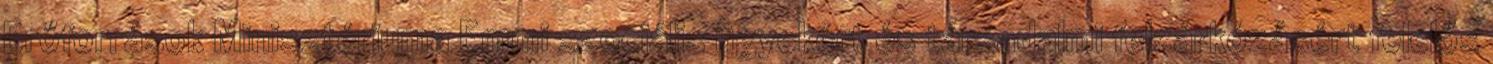
Erőforrások Minisztériuma Emmi szociális ügyekért és társadalmi felzárkózásért felelős